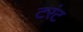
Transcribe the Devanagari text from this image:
टरंट